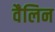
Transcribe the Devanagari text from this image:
वैलिन